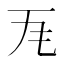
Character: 𭺜